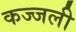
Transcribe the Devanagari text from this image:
कज्‍जली